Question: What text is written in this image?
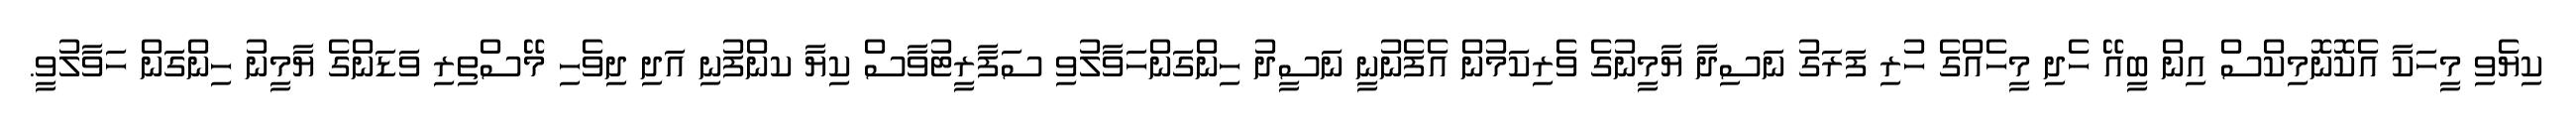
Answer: ކިޔެވި މީހަކާ އެކޮނޮމިކްސް އިން ބީއޭ ހެދި މީހެއްގެ ހުރި ފަރަގު ނަސިދާ ޔާމީނުގެ ވެރިކަމުން އެފެނުނީ ނަސީދު ހިންގަންހަވާލުވި ސަފާރީޓުވާސް ކިޔާ ކންފުނި އަދި ދިވެހި މޭސްތިރި ވަޑަންގެ ޔާމީނު ހިންގަން ހަވާލުވީ.